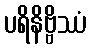
ပရိနိဗ္ဗိဿံ